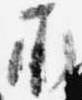
承